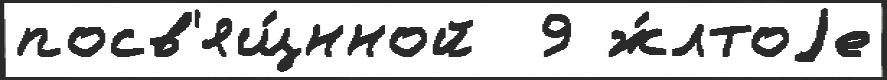
посв'ящ́нной  9 ж́лтоjе